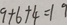
9 + 6 + 4 = 1 9